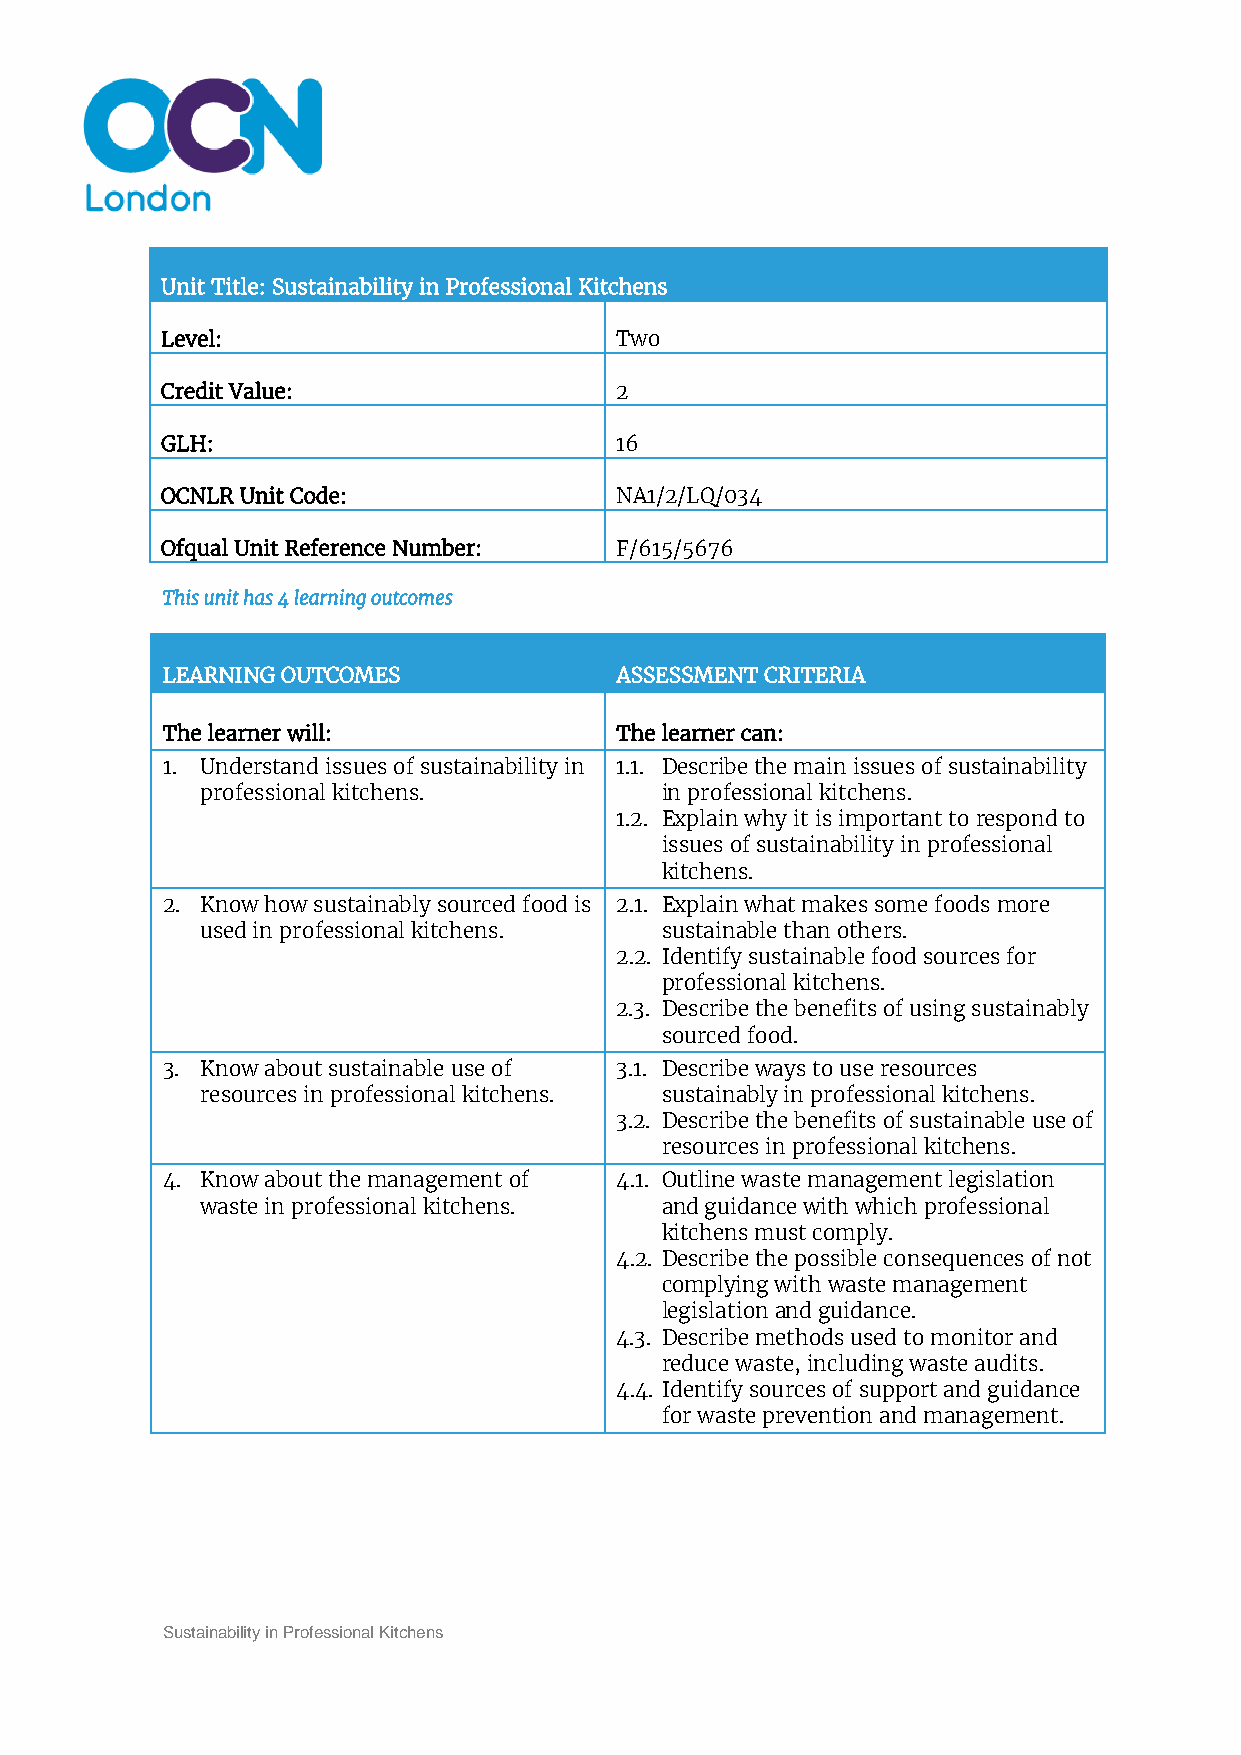
Unit Title: Sustainability in Professional Kitchens
 Level:                        Two
 Credit Value:                 2
 GLH:                          16
 OCNLR Unit Code:              NA1/2/LQ/034
 Ofqual Unit Reference Number: F/615/5676
 This unit has 4 learning outcomes
 LEARNING OUTCOMES             ASSESSMENT CRITERIA
 The learner will:             The learner can:
 1. Understand issues of sustainability in 1.1. Describe the main issues of sustainability
 professional kitchens.         in professional kitchens.
 1.2. Explain why it is important to respond to
 issues of sustainability in professional
 kitchens.
 2. Know how sustainably sourced food is 2.1. Explain what makes some foods more
 used in professional kitchens. sustainable than others.
 2.2. Identify sustainable food sources for
 professional kitchens.
 2.3. Describe the benefits of using sustainably
 sourced food.
 3. Know about sustainable use of 3.1. Describe ways to use resources
 resources in professional kitchens. sustainably in professional kitchens.
 3.2. Describe the benefits of sustainable use of
 resources in professional kitchens.
 4. Know about the management of 4.1. Outline waste management legislation
 waste in professional kitchens. and guidance with which professional
 kitchens must comply.
 4.2. Describe the possible consequences of not
 complying with waste management
 legislation and guidance.
 4.3. Describe methods used to monitor and
 reduce waste, including waste audits.
 4.4. Identify sources of support and guidance
 for waste prevention and management.
 Sustainability in Professional Kitchens